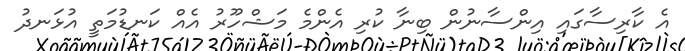
އެ ކާރިސާގައި އިންސާނުން ބިނާ ކުރި އެންމެ މަޝްހޫރު އެއް ކަނޑުމަތީ އުޅަނދު